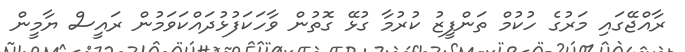
ރާއްޖޭގައި މަރުގެ ހުކުމް ތަންފީޒު ކުރުމާ ގުޅޭ ގޮތުން ވާހަކަފުޅުދައްކަވަމުން ރައީސް ޔާމީން